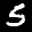
Label: 5